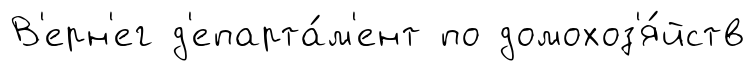
В'ерн'ег д'епарта́м'ент по домохоз'я́йств